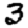
Digit: 3